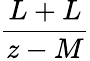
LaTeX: \frac{L+L}{z-M}